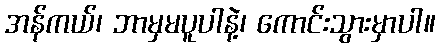
အန်ကယ်၊ ဘာမှမပူပါနဲ့၊ ကောင်းသွားမှာပါ။